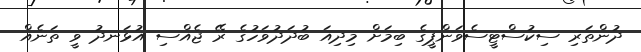
ދުންތަރި ސިކުސްޓީސެވަންޕީގެ ބިމަށް މިދިއަ ބުދަދުވަހުގެ ރޭ ޖެއްސި އުޅަނދު ވީ ތަނެއް